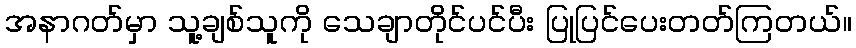
အနာဂတ်မှာ သူ့ချစ်သူကို သေချာတိုင်ပင်ပီး ပြုပြင်ပေးတတ်ကြတယ်။